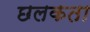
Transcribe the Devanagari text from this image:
छलकता